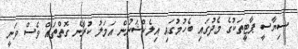
ސިޔާސީ ޕާޓީތަކުގެ މެދުގައި ބެހުމުގައި އިލެކްޝަނުން އަމަލު ކުރާނެ ގޮތްތައް ވެސް ވަނީ